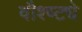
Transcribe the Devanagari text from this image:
वौश्ष्ट्ये